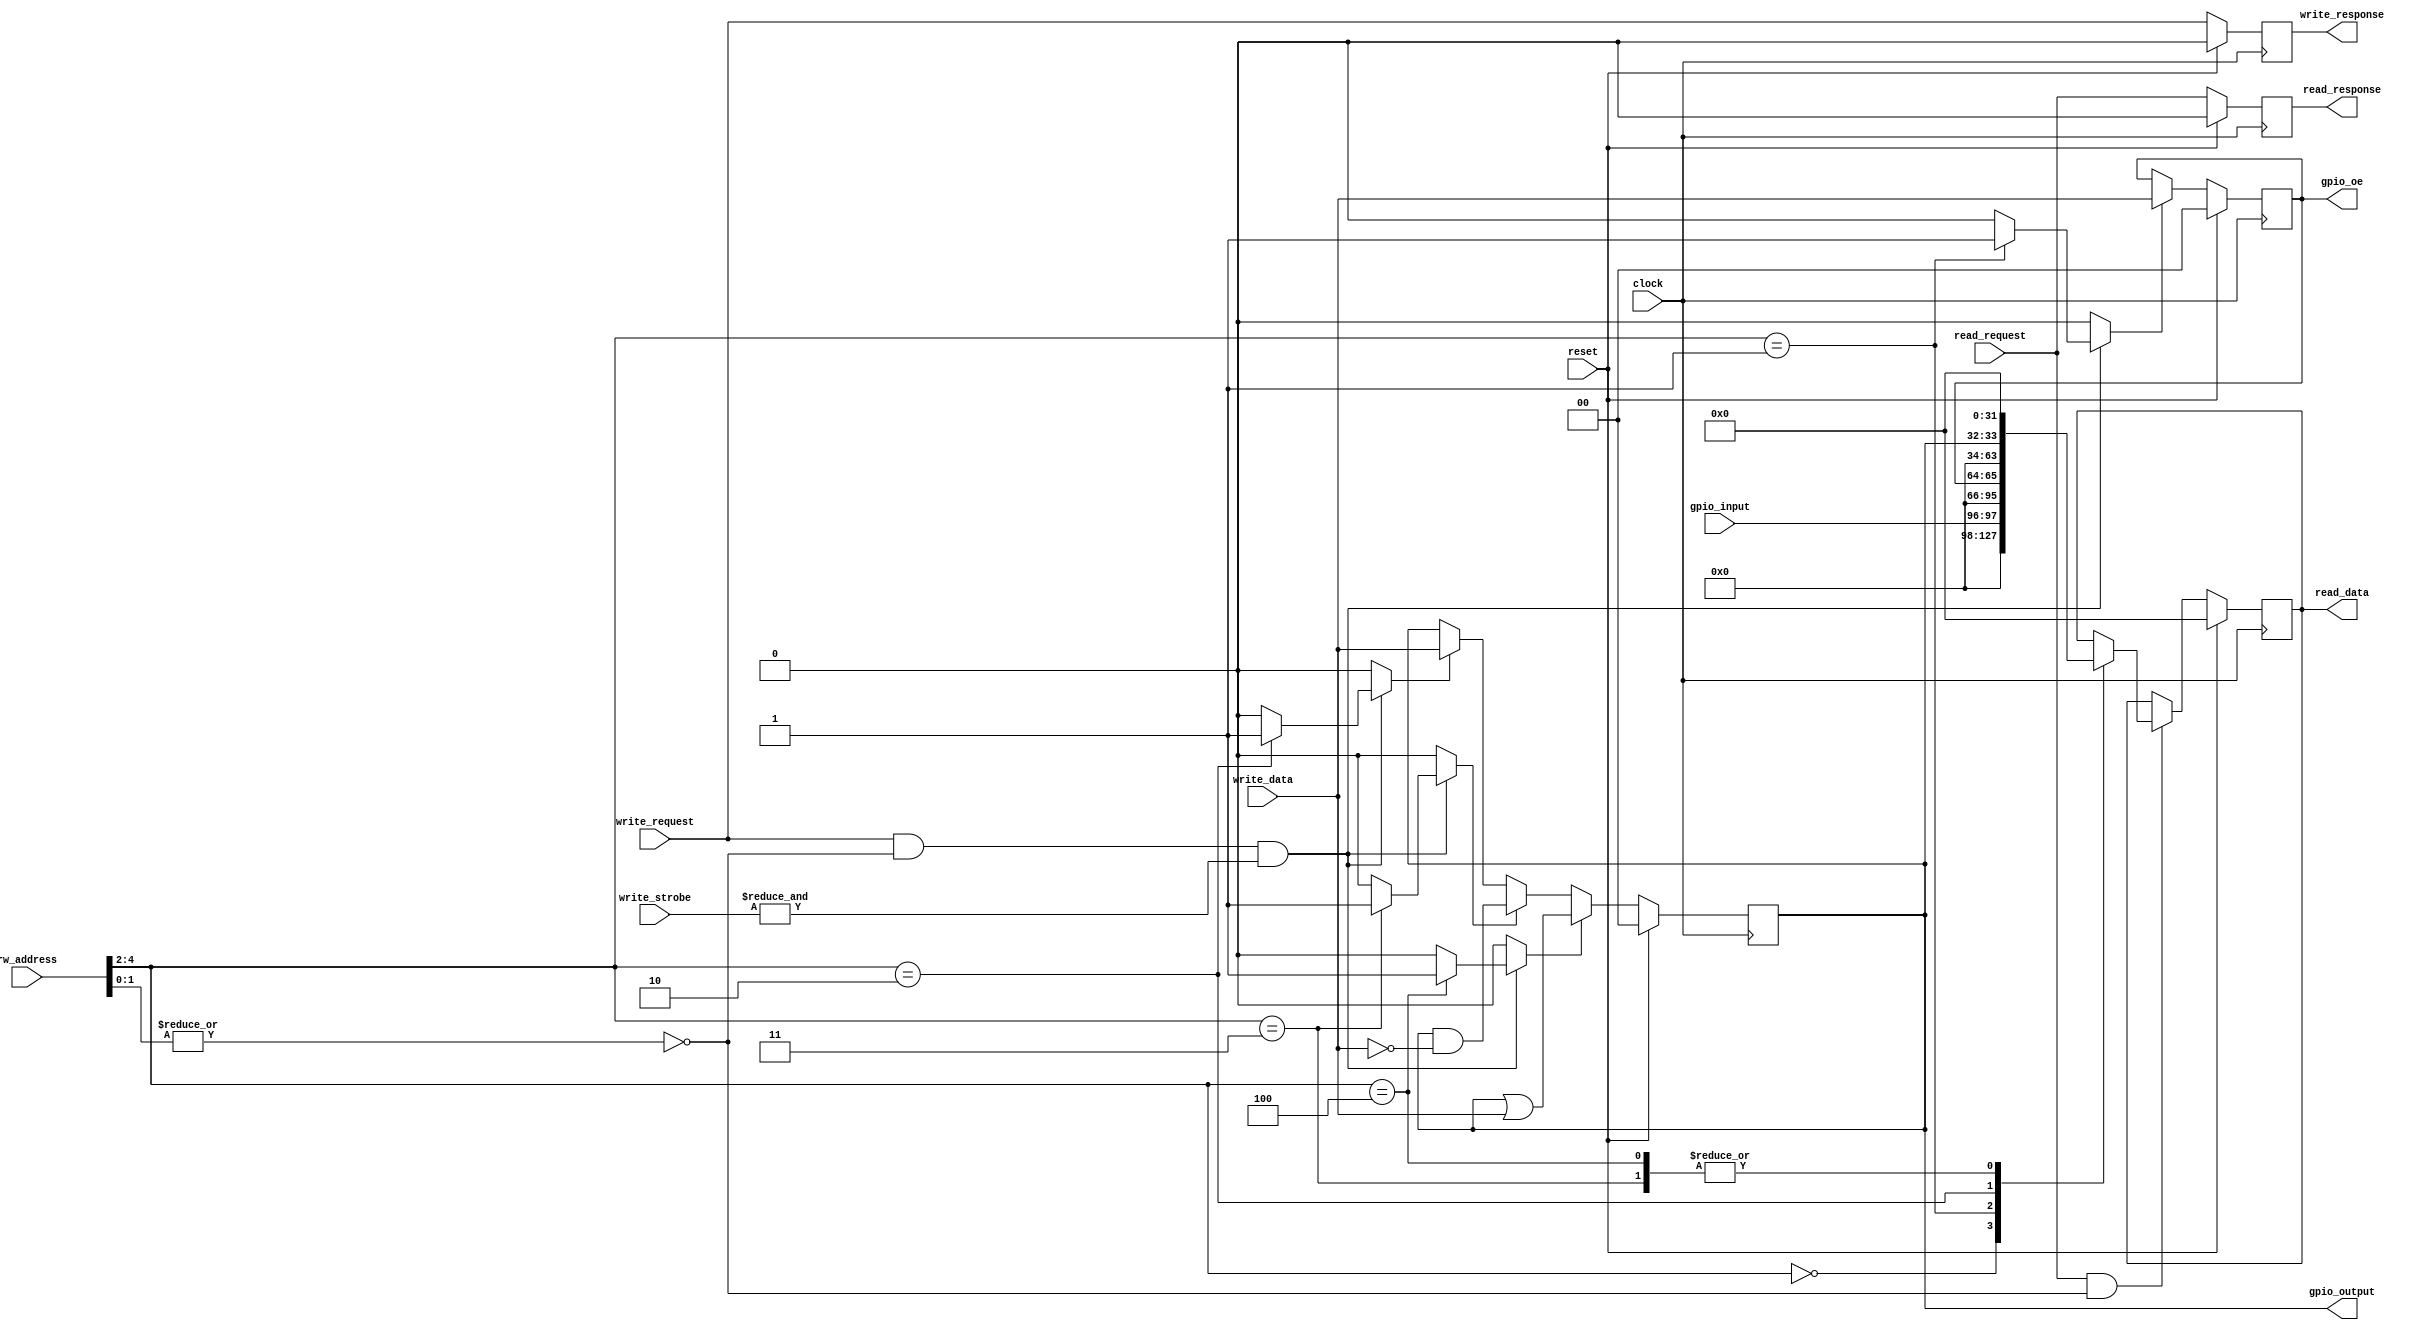
// This program was cloned from: https://github.com/riscv-steel/riscv-steel
// License: MIT License

// ----------------------------------------------------------------------------
// Copyright (c) 2020-2024 RISC-V Steel contributors
//
// This work is licensed under the MIT License, see LICENSE file for details.
// SPDX-License-Identifier: MIT
// ----------------------------------------------------------------------------

module rvsteel_gpio #(

  parameter GPIO_WIDTH = 2

) (

  // Global signals

  input   wire                    clock         ,
  input   wire                    reset         ,

  // IO interface

  input   wire  [4:0 ]            rw_address    ,
  output  reg   [31:0]            read_data     ,
  input   wire                    read_request  ,
  output  reg                     read_response ,
  input   wire  [1:0 ]            write_data    ,
  input   wire  [3:0 ]            write_strobe  ,
  input   wire                    write_request ,
  output  reg                     write_response,

  // I/O signals

  input   wire  [GPIO_WIDTH-1:0]  gpio_input    ,
  output  wire  [GPIO_WIDTH-1:0]  gpio_oe       ,
  output  wire  [GPIO_WIDTH-1:0]  gpio_output

);

  // Map registers
  localparam REG_ADDR_WIDTH   = 2'd3;

  localparam REG_IN           = 3'd0;
  localparam REG_OE           = 3'd1;
  localparam REG_OUT          = 3'd2;
  localparam REG_CLR          = 3'd3;
  localparam REG_SET          = 3'd4;


  // Output Enable
  reg oe_update;
  reg [GPIO_WIDTH-1:0] oe;

  // Output data
  reg out_update;
  reg [GPIO_WIDTH-1:0] out;

  // Clear mask
  reg clr_update;

  // Set mask
  reg set_update;


  assign gpio_oe = oe;
  assign gpio_output = out;


  // Bus
  wire address_aligned;
  assign address_aligned = (~|rw_address[1:0]);

  wire write_word;
  assign write_word = (&write_strobe);

  wire [REG_ADDR_WIDTH-1:0] address;
  assign address = rw_address[2 +:REG_ADDR_WIDTH];


  always @(posedge clock) begin
    if (reset) begin
      oe <= {GPIO_WIDTH{1'b0}};
      out <= {GPIO_WIDTH{1'b0}};
    end else begin
      if (oe_update) begin
        oe <= write_data[0 +: GPIO_WIDTH];
      end

      if (out_update) begin
        out <= write_data[0 +: GPIO_WIDTH];
      end

      if (clr_update) begin
        out <= out & ~write_data[0 +: GPIO_WIDTH];
      end

      if (set_update) begin
        out <= out | write_data[0 +: GPIO_WIDTH];
      end
    end
  end


  // Bus: Response to request
  always @(posedge clock) begin
    if (reset) begin
      read_response <= 1'b0;
      write_response <= 1'b0;
    end else begin
      read_response <= read_request;
      write_response <= write_request;
    end
  end


  // Bus: Read registers
  always @(posedge clock) begin
    if (reset) begin
      read_data <= 32'd0;
    end else begin
      if (read_request && address_aligned) begin
        case (address)
          REG_IN    : read_data <= {{32-GPIO_WIDTH{1'b0}}, gpio_input};
          REG_OE    : read_data <= {{32-GPIO_WIDTH{1'b0}}, oe};
          REG_OUT   : read_data <= {{32-GPIO_WIDTH{1'b0}}, out};
          REG_CLR   : read_data <= 32'd0;
          REG_SET   : read_data <= 32'd0;
          default: begin end
        endcase
      end
    end
  end


  // Bus: Update registers
  always @(*) begin
    oe_update   = 1'b0;
    out_update  = 1'b0;
    clr_update  = 1'b0;
    set_update  = 1'b0;

    if (write_request && address_aligned && write_word) begin
        case (address)
            REG_OE    : oe_update   = 1'b1;
            REG_OUT   : out_update  = 1'b1;
            REG_CLR   : clr_update  = 1'b1;
            REG_SET   : set_update  = 1'b1;
            default: begin end
        endcase
    end
  end

endmodule